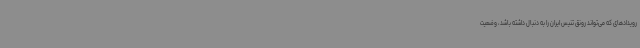
رویدادهای که می‌تواند رونق تنیس ایران را به دنبال داشته باشد، وضعیت